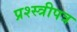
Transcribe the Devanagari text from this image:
प्रश्स्त्रीपत्र